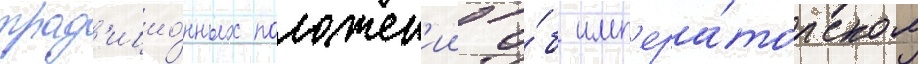
трад'ицио́нных положен'ии о́б имп'ера́торском